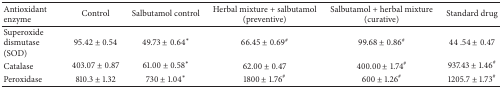
| Antioxidant enzyme | Control | Salbutamol control | Herbal mixture + salbutamol (preventive) | Salbutamol + herbal mixture (curative) | Standard drug |
 | --- | --- | --- | --- | --- | --- |
 | Superoxide dismutase (SOD) | 95.42 ± 0.54 | 49.73 ± 0.64∗ | 66.45 ± 0.69# | 99.68 ± 0.86# | 44 .54 ± 0.47 |
 | Catalase | 403.07 ± 0.87 | 61.00 ± 0.58∗ | 62.00 ± 0.47 | 400.00 ± 1.74# | 937.43 ± 1.46# |
 | Peroxidase | 810.3 ± 1.32 | 730 ± 1.04∗ | 1800 ± 1.76# | 600 ± 1.26# | 1205.7 ± 1.73# |